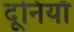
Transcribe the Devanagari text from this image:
दूनियाँ